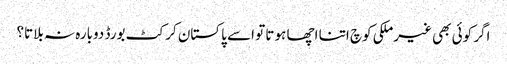
اگر کوئی بھی غیرملکی کوچ اتنا اچھا ہوتا تو اسے پاکستان کرکٹ بورڈ دوبارہ نہ بلاتا؟